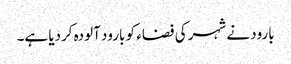
بارود نے شہر کی فضاء کو بارود آلودہ کردیا ہے۔